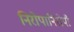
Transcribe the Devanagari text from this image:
निरोपानिरोपी